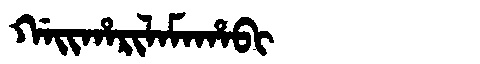
Manchu: ᡤᠠᡳᡥᠠᡵᡳᠯᠠᠮᠠᡥᠠᠪᡳ
Romanization: GAIHARILAMAHABI